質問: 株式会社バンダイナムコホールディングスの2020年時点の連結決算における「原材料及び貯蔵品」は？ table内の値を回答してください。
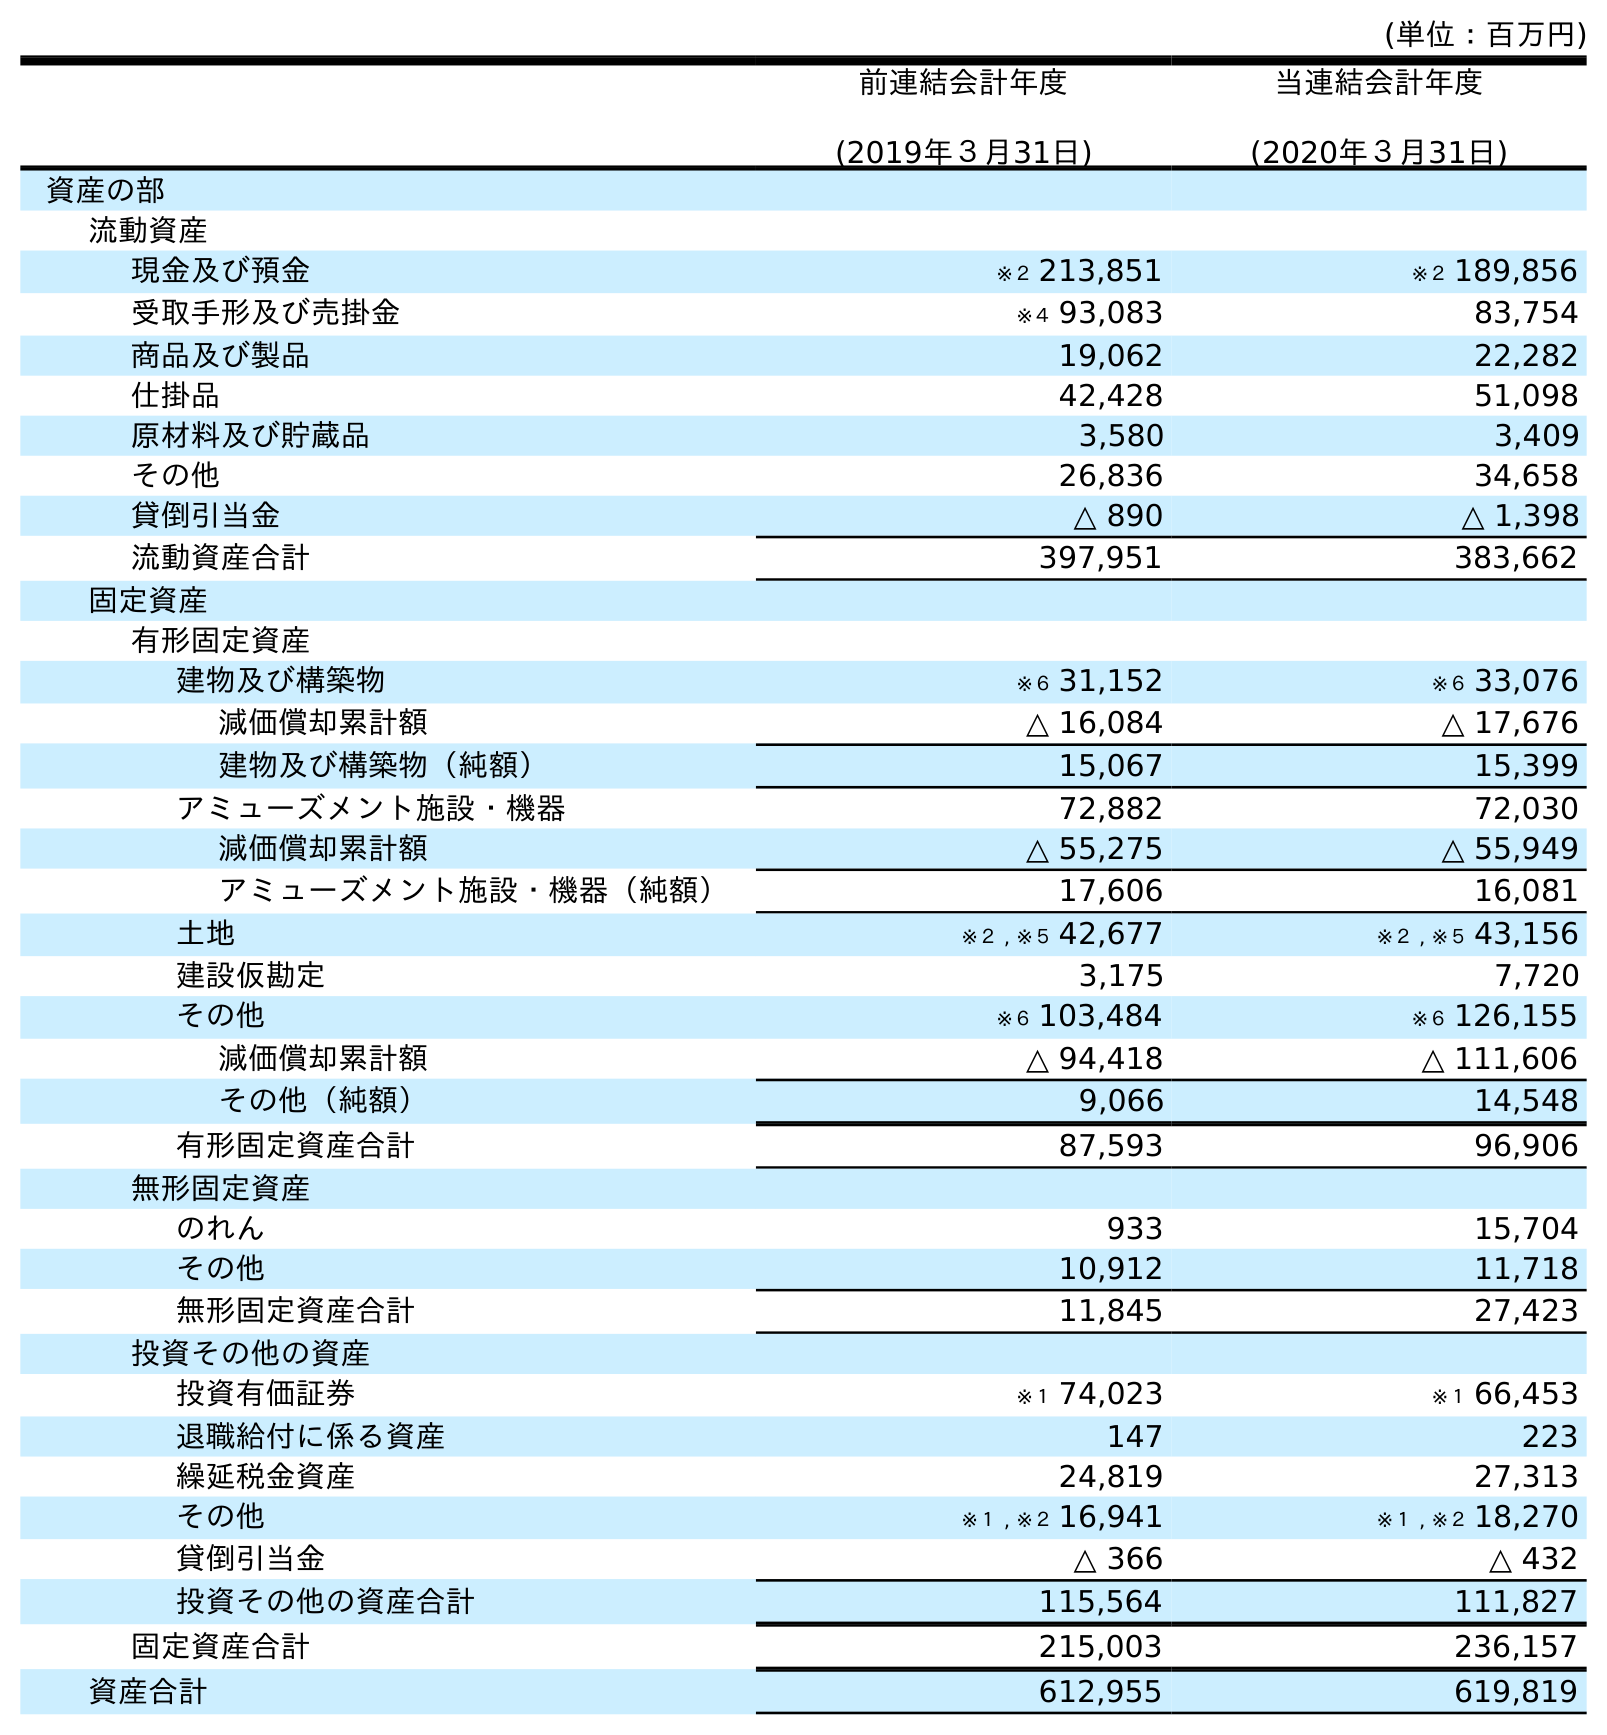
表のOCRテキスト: (単位：百万円) 前連結会計年度 (2019年３月31日) 当連結会計年度 (2020年３月31日) 資産の部 流動資産 現金及び預金 ※２ 213,851 ※２ 189,856 受取手形及び売掛金 ※４ 93,083 83,754 商品及び製品 19,062 22,282 仕掛品 42,428 51,098 原材料及び貯蔵品 3,580 3,409 その他 26,836 34,658 貸倒引当金 △ 890 △ 1,398 流動資産合計 397,951 383,662 固定資産 有形固定資産 建物及び構築物 ※６ 31,152 ※６ 33,076 減価償却累計額 △ 16,084 △ 17,676 建物及び構築物（純額） 15,067 15,399 アミューズメント施設・機器 72,882 72,030 減価償却累計額 △ 55,275 △ 55,949 アミューズメント施設・機器（純額） 17,606 16,081 土地 ※２ , ※５ 42,677 ※２ , ※５ 43,156 建設仮勘定 3,175 7,720 その他 ※６ 103,484 ※６ 126,155 減価償却累計額 △ 94,418 △ 111,606 その他（純額） 9,066 14,548 有形固定資産合計 87,593 96,906 無形固定資産 のれん 933 15,704 その他 10,912 11,718 無形固定資産合計 11,845 27,423 投資その他の資産 投資有価証券 ※１ 74,023 ※１ 66,453 退職給付に係る資産 147 223 繰延税金資産 24,819 27,313 その他 ※１ , ※２ 16,941 ※１ , ※２ 18,270 貸倒引当金 △ 366 △ 432 投資その他の資産合計 115,564 111,827 固定資産合計 215,003 236,157 資産合計 612,955 619,819
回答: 3,409